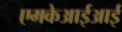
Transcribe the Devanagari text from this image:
एमकेआईआई